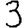
Digit: 3